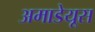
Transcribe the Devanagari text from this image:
अमाडेयूस